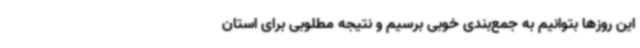
این روزها بتوانیم به جمع‌بندی خوبی برسیم و نتیجه مطلوبی برای استان